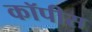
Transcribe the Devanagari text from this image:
कॉपीस